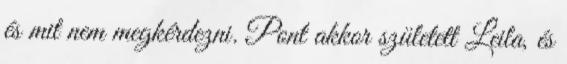
és mit nem megkérdezni. Pont akkor született Leila, és